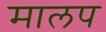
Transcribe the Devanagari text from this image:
मालप